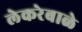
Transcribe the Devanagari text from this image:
लेकरेबाळे